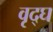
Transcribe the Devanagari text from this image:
वृद्घ